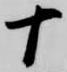
十